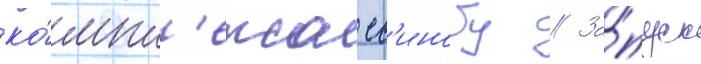
ко́мпл'екса ес'инобу // За́пуск